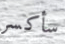
سأكسر